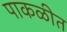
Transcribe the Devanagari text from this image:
पाकळीत